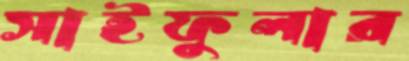
সাইফুলার